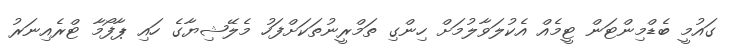
ގައުމީ ބެޑްމިންޓަން ޓީމެއް އެކުލަވާލުމަށް ހިންގި ތަމްރީނުތަކަށްފަހު މެލޭޝިޔާގެ ހައި ޕާފޯމާ ޓްރެއިނަރު